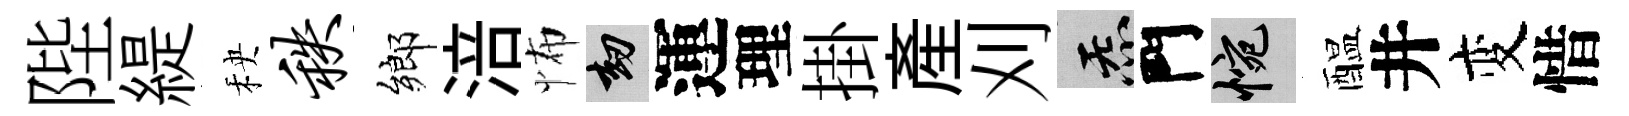
陛緹秧秩鄉涪怖劫運理掛産刈炁門惋醖井变惜